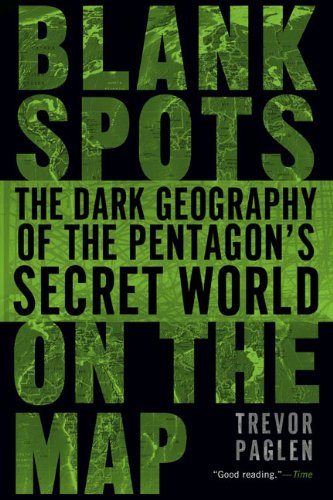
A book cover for Blank Spots on the Map: The Dark Geography of the Pentagon's Secret World; Trevor Paglen; History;